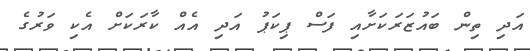
އަދި ތިން ބައުޒަރަކަށާއި ފަސް ޕިކަޕު އަދި އެއް ކާރަކަށް އެކި ވަރުގެ